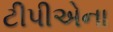
ટીપીએના